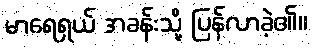
မာရေရှယ် အခန်းသို့ ပြန်လာခဲ့၏။